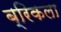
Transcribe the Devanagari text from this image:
ब्रिकला